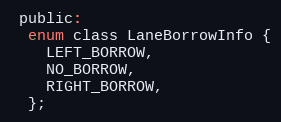
Language: C
 public:
  enum class LaneBorrowInfo {
    LEFT_BORROW,
    NO_BORROW,
    RIGHT_BORROW,
  };